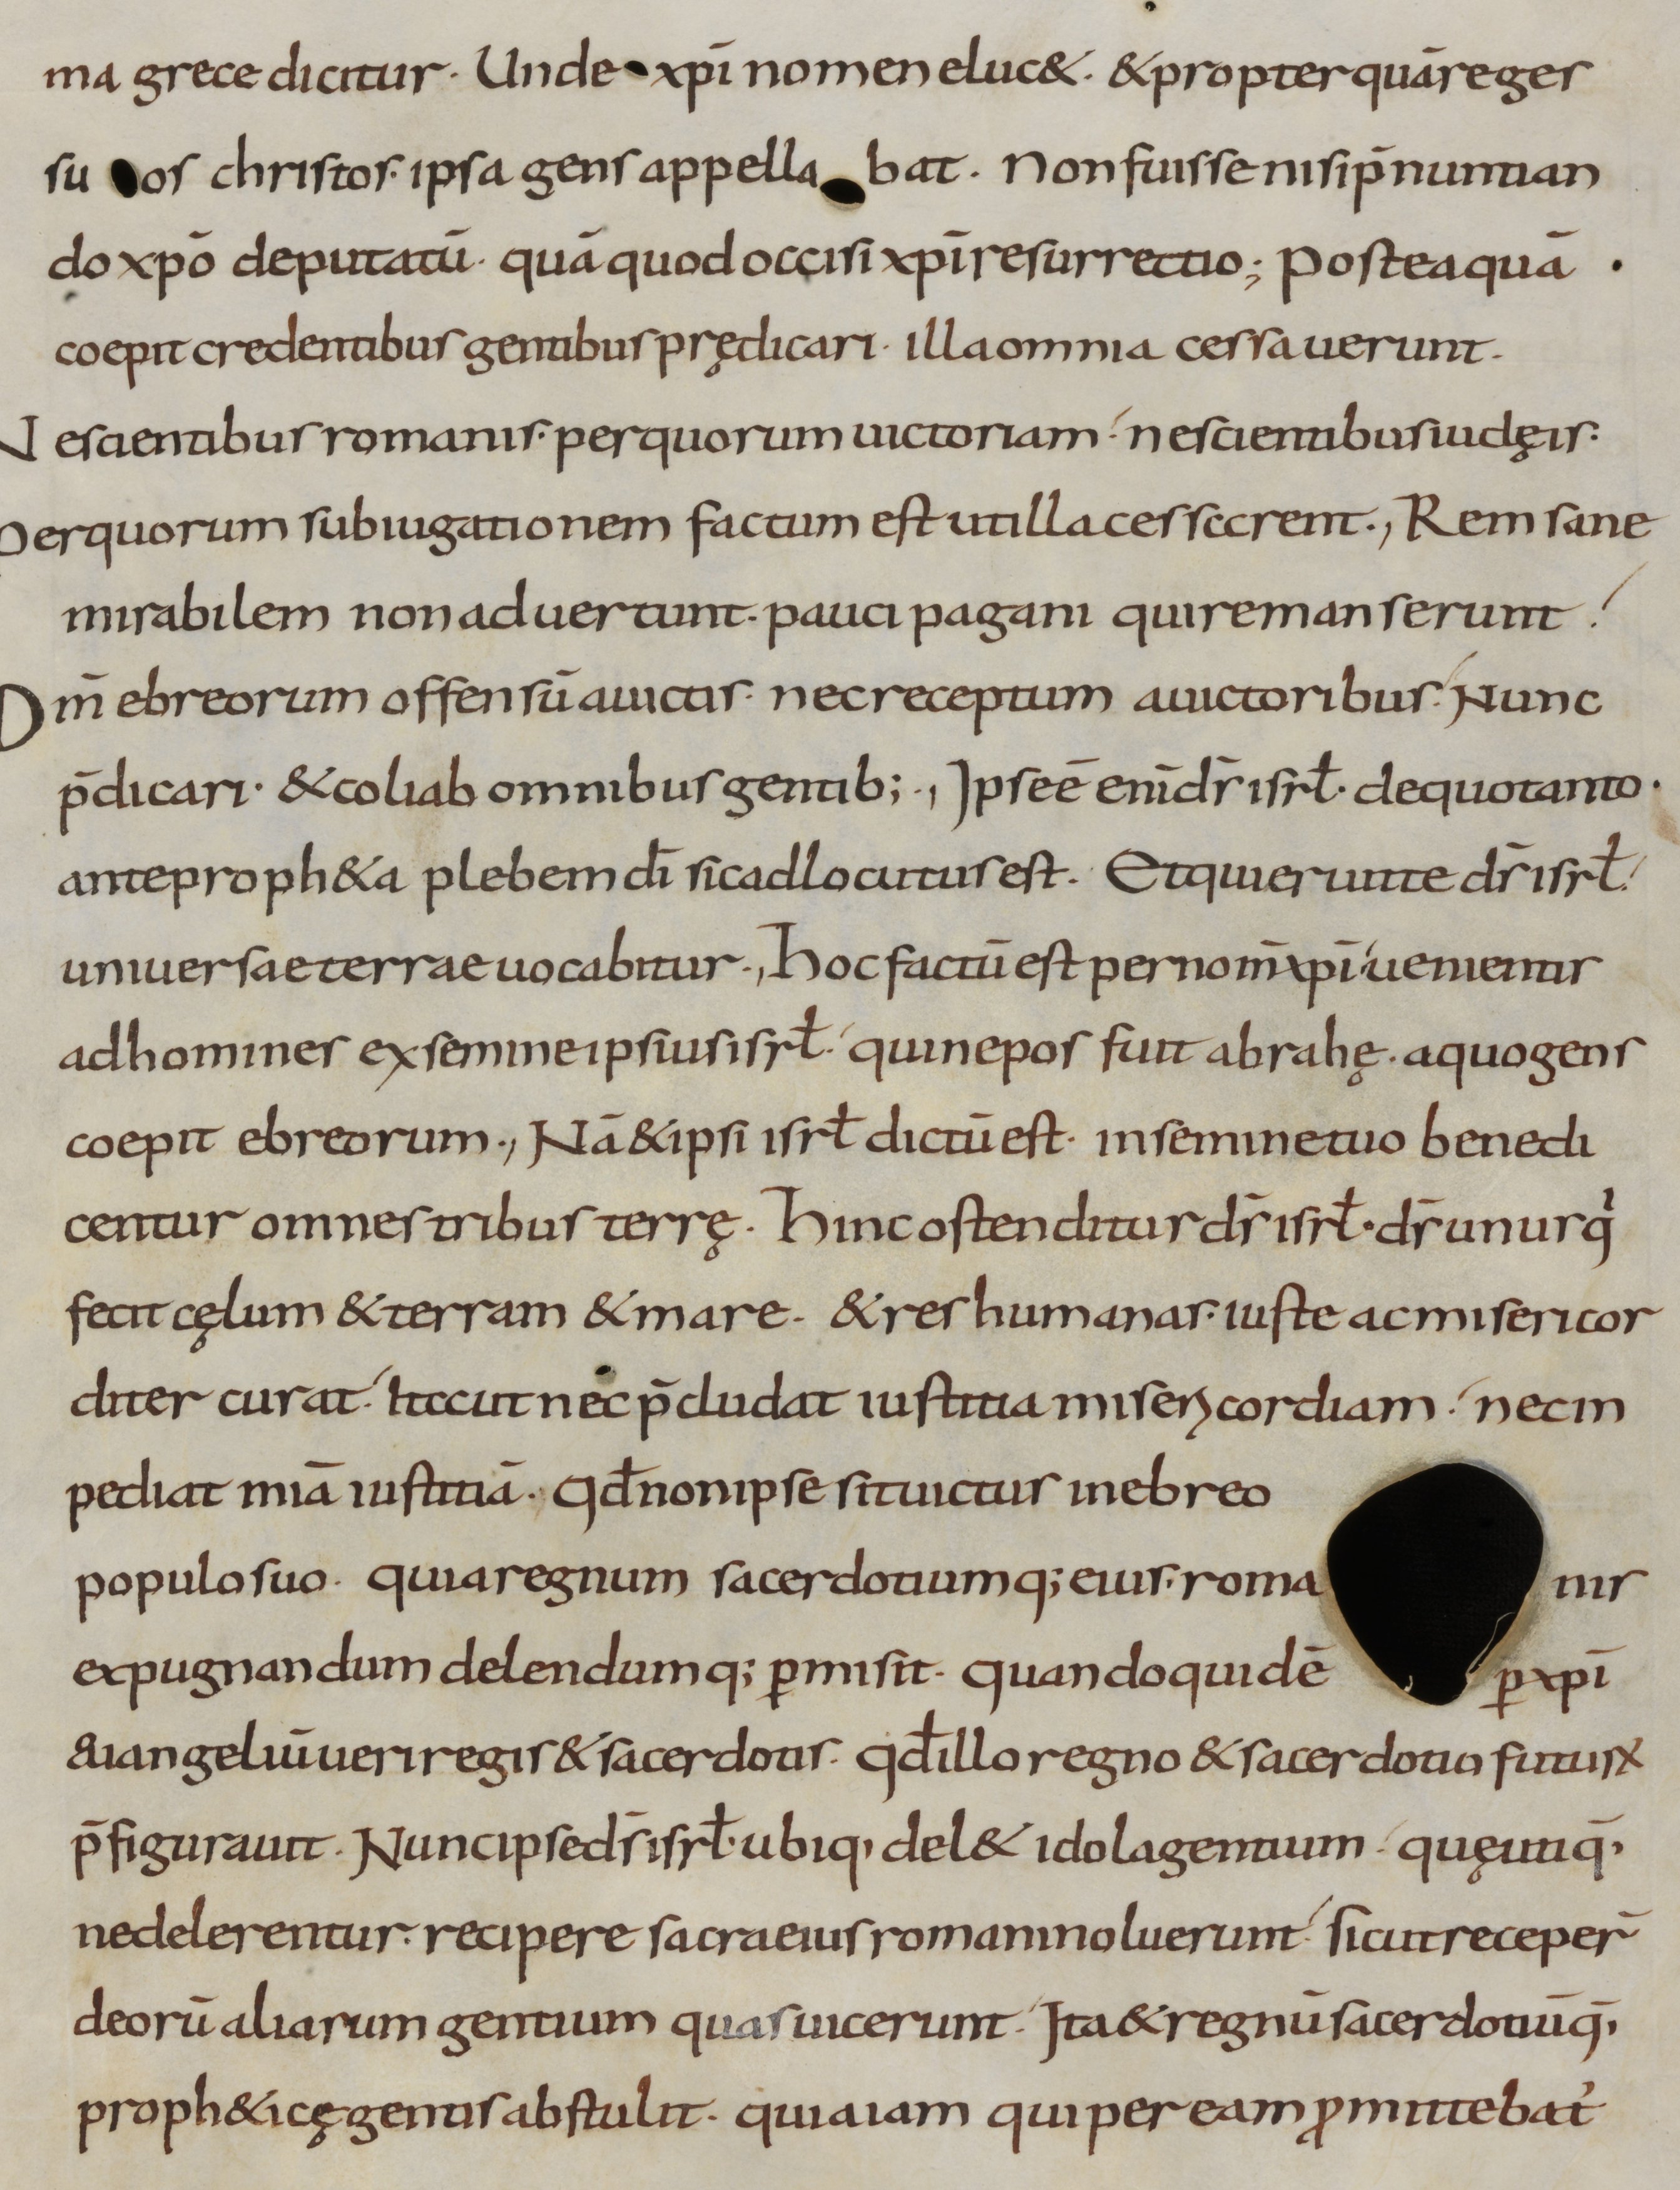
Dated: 800–899